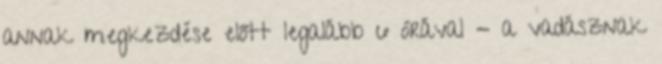
annak megkezdése előtt legalább 6 órával - a vadásznak